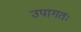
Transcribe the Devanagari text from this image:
उपागतः